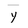
Character: y